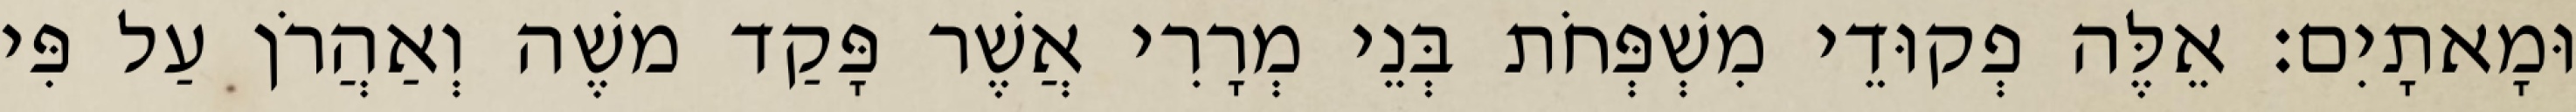
וּמָאתָיִם׃ אֵלֶּה פְקוּדֵי מִשְׁפְּחֹת בְּנֵי מְרָרִי אֲשֶׁר פָּקַד משֶׁה וְאַהֲרֹן עַל פִּי